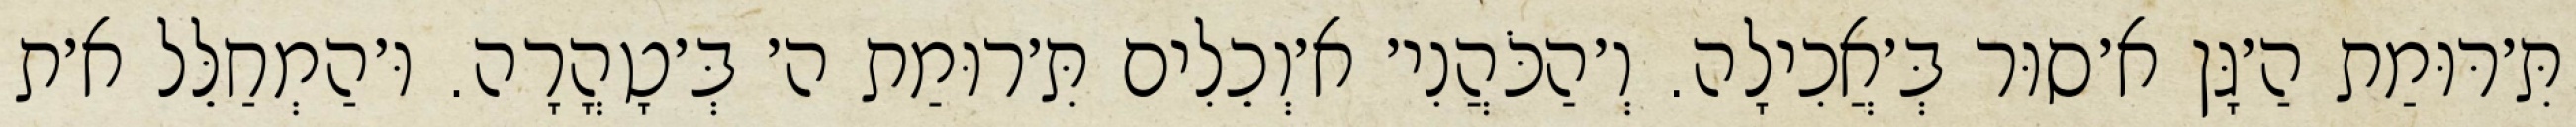
תִּ׳רּוּמַת הַ׳גָּן א׳סוּר בְּ׳אֲכִילָה. וְ׳הַכֹּהֲנִי׳ א׳וְכֵלִים תִּ׳רוּמַת ה׳ בְּ׳טָהֳרָה. וּ׳הַמְחַלֵּל א׳ת